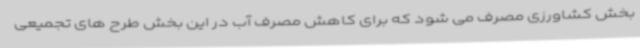
بخش کشاورزی مصرف می شود که برای کاهش مصرف آب در این بخش طرح های تجمیعی